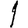
Digit: 1